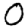
Digit: 0